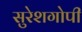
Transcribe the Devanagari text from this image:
सुरेशगोपी